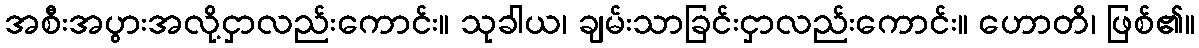
အစီးအပွားအလို့ငှာလည်းကောင်း။ သုခါယ၊ ချမ်းသာခြင်းငှာလည်းကောင်း။ ဟောတိ၊ ဖြစ်၏။